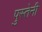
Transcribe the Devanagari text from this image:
पुस्‍तेनी